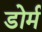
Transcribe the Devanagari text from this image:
डोर्म